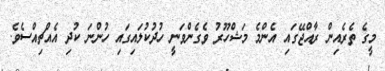
މީގެ ތެރެއިން ރާއްޖޭގައި އެންމެ މަޝްހޫރު ވެގެންވަނީ ހުދުކުލައިގައި ހުންނަ ކުދި އެއްޗިއްސެވެ.